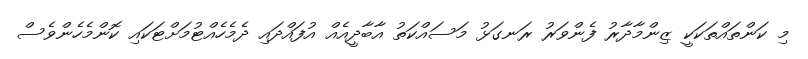
މި ކަންތައްތަކަކީ ޒިންމާދާރު ފެންވަރު ރަނގަޅު މަސައްކަތު އާބާދީއެއް އުފައްދައި ދެމެހެއްޓުމަށްޓަކައި ކޮންމެހެންވެސް